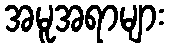
အမူအရာများ